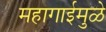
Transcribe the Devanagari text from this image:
महागाईमुळे